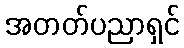
အတတ်ပညာရှင်